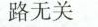
路无关